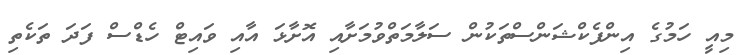
މިއީ ހަމުގެ އިންފެކްޝަންސްތަކުން ސަލާމަތްވުމަށާއި އޮށާޅަ އާއި ވައިޓް ހެޑްސް ފަދަ ތަކެތި